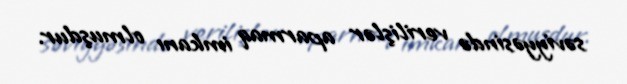
səviyyəsində verilişlər aparmaq imkanı olmuşdur.